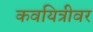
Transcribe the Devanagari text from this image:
कवयित्रीवर